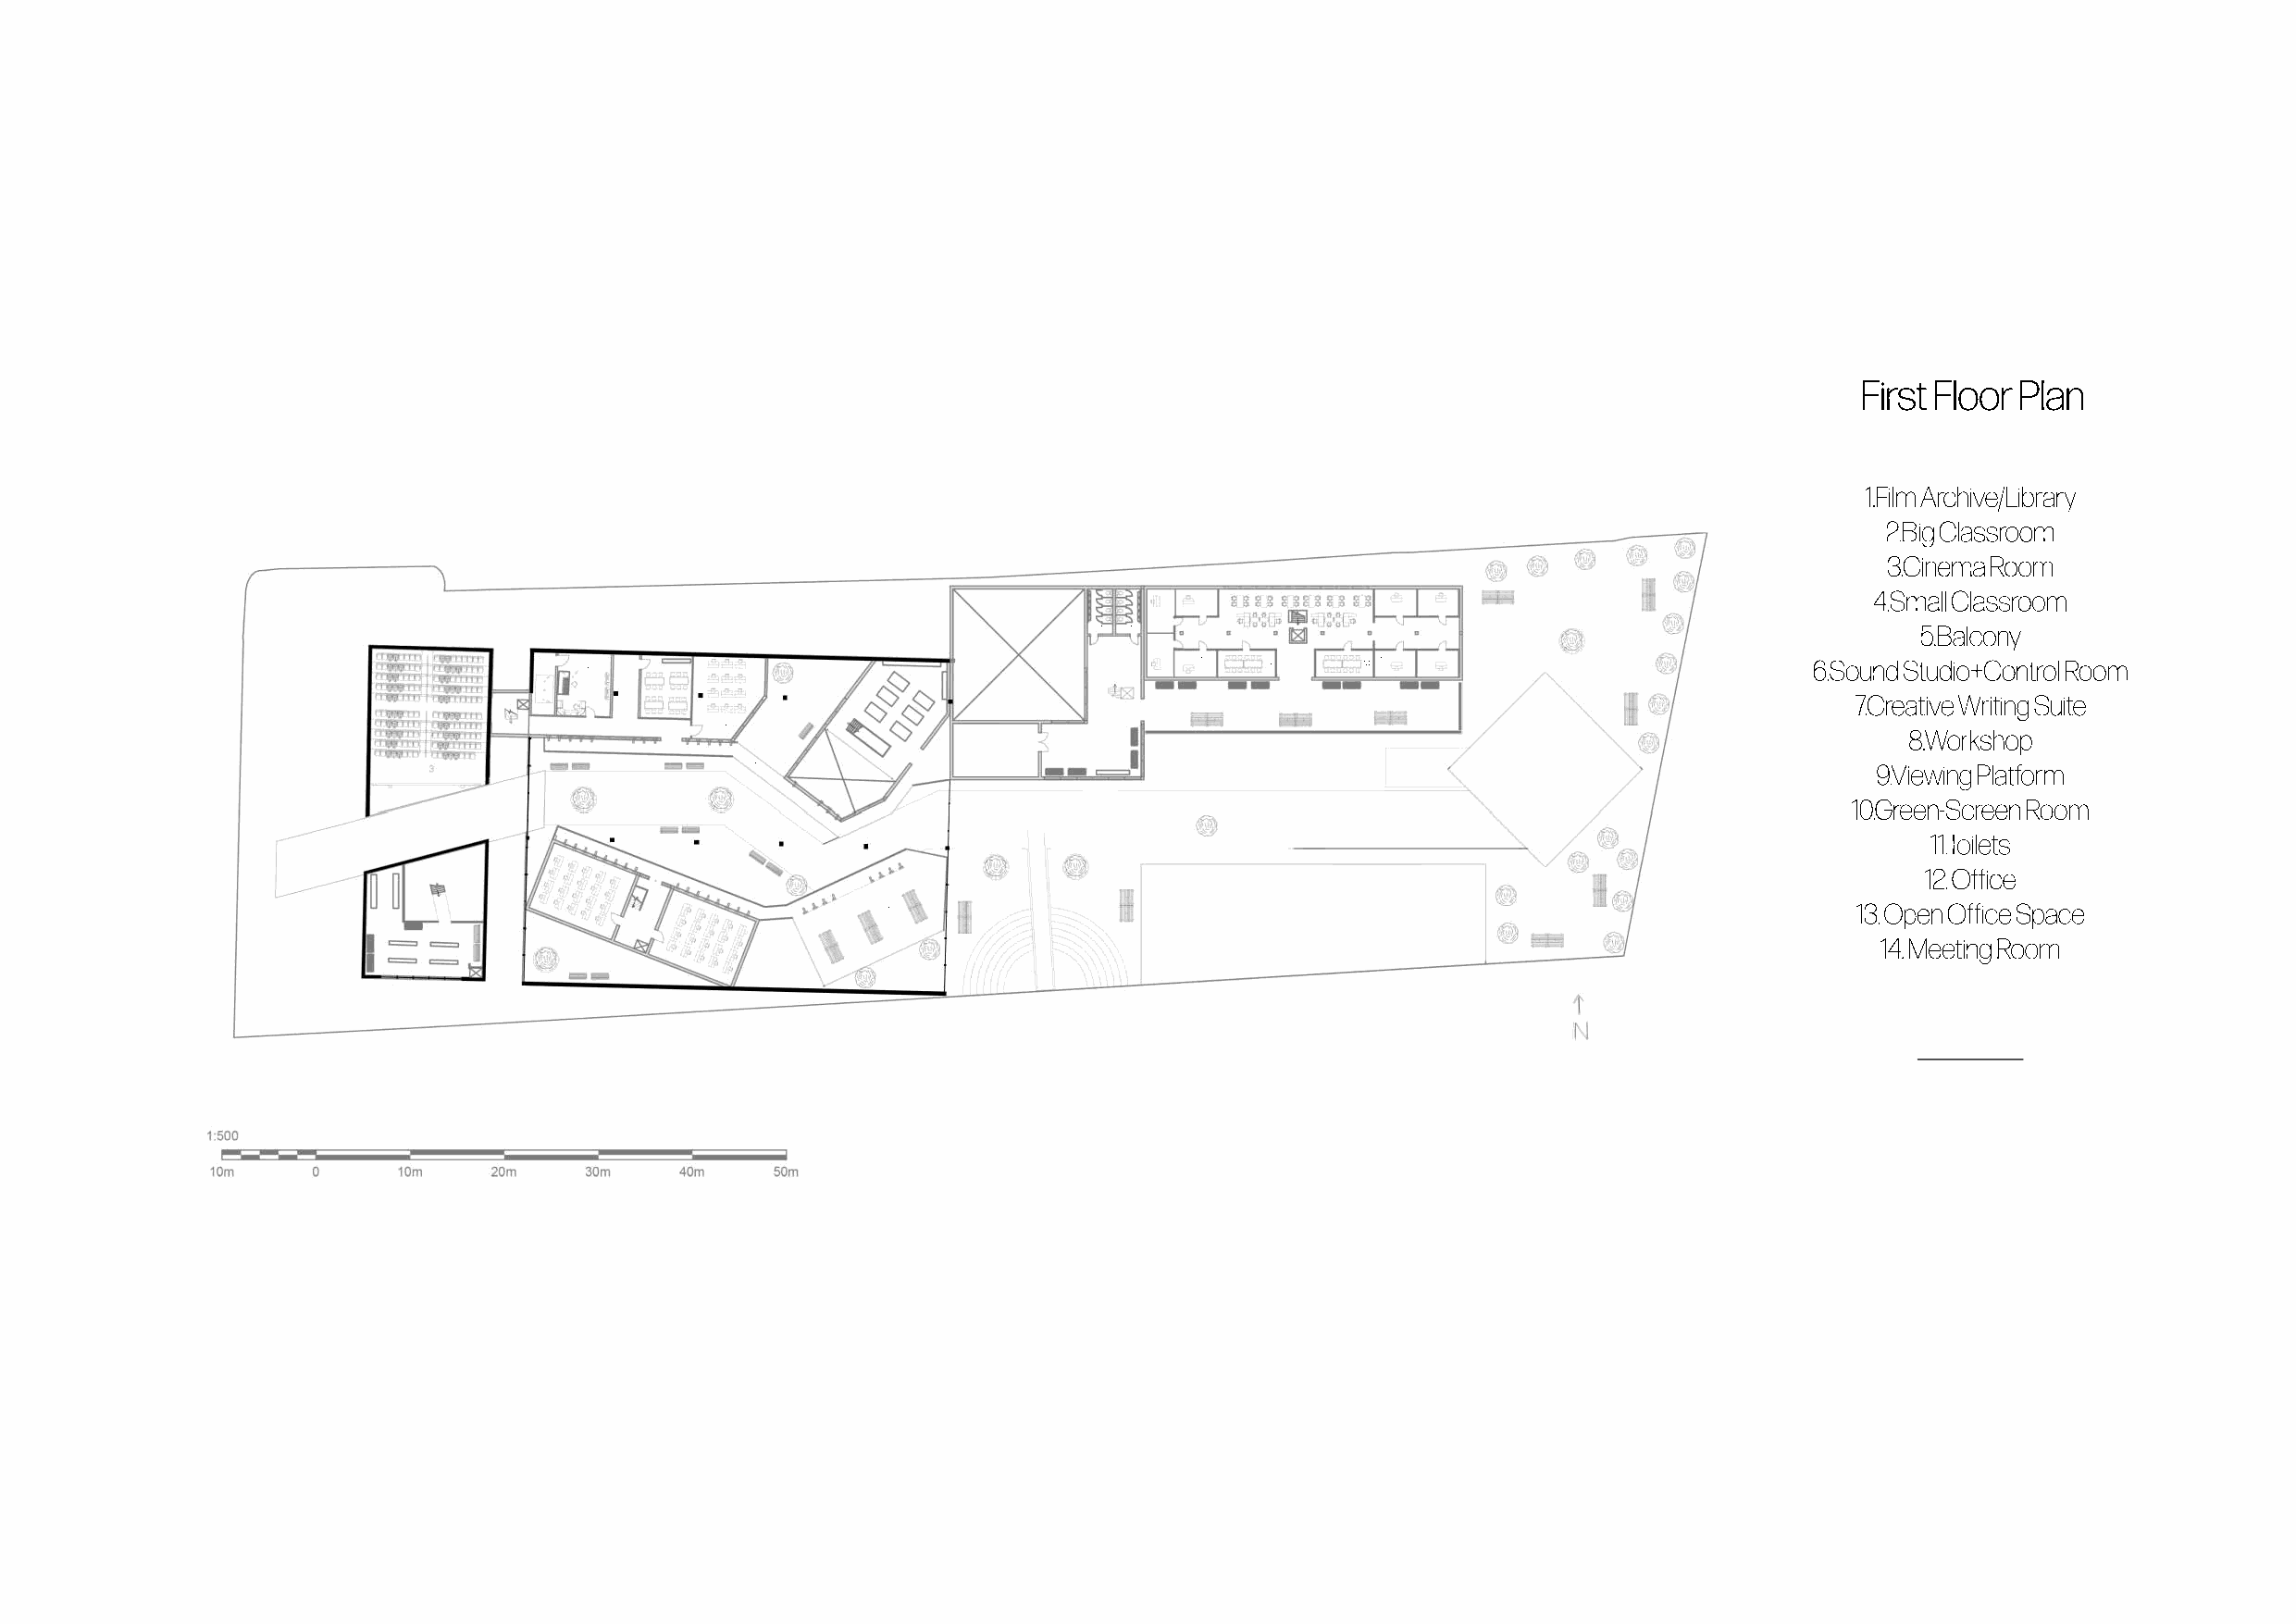
First Floor Plan
 1.Film Archive/Library
 2.Big Classroom
 3.Cinema Room
 4.Small Classroom
 12 12           12 12
 11 11                                                     5.Balcony
 13
 12
 6    7                                      12  14      1412 12                         6.Sound Studio+Control Room
 77.Creative Writing Suite
 4
 8.Workshop
 8    10
 5                                                                               9.Viewing Platform
 10.Green-Screen Room
 11.Toilets
 12. Office
 2
 5       9                                                                     13. Open Office Space
 1                   2
 1144. Meeting Room